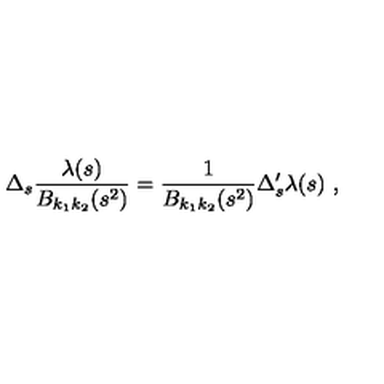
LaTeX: \Delta _ { s } \frac { \lambda ( s ) } { B _ { k _ { 1 } k _ { 2 } } ( s ^ { 2 } ) } = \frac { 1 } { B _ { k _ { 1 } k _ { 2 } } ( s ^ { 2 } ) } \Delta _ { s } ^ { \prime } \lambda ( s ) \ ,